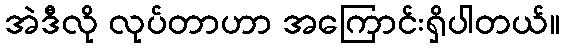
အဲဒီလို လုပ်တာဟာ အကြောင်းရှိပါတယ်။